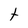
Character: t